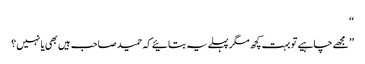
‘‘
’’ مجھے چاہیے تو بہت کچھ مگر پہلے یہ بتائیے کہ حمید صاحب ہیں بھی یا نہیں ؟